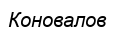
Коновалов